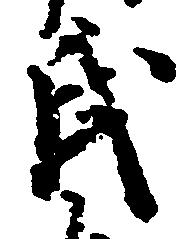
氏